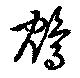
鴪